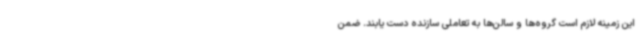
این زمینه لازم است گروه‌ها و سالن‌ها به تعاملی سازنده دست یابند. ضمن